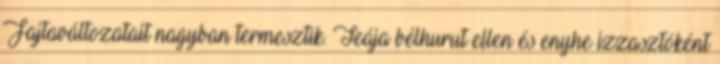
Fajtaváltozatait nagyban termesztik. Teája bélhurut ellen és enyhe izzasztóként